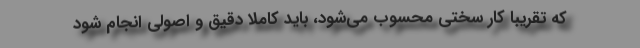
که تقریبا کار سختی محسوب می‌شود، باید کاملاً دقیق و اصولی انجام شود